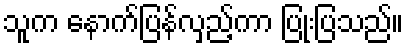
သူက နောက်ပြန်လှည့်ကာ ပြုံးပြသည်။